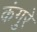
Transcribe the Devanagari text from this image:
कंगुरे